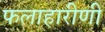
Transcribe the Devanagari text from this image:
फलाहारीणी